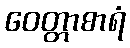
ဝေတ္တာစာရံ